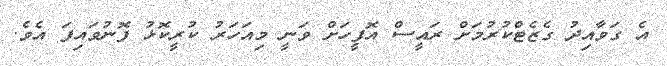
އެ ގަވާއިދު ގެޒެޓްކުރުމަށް ރައީސް އޮފީހަށް ވަނީ މިއަހަރު ކުރީކޮޅު ފޮނުވައިފަ އެވެ.